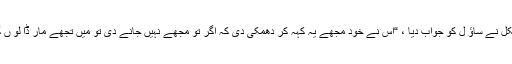
میکل نے ساؤ ل کو جواب دیا ، “اس نے خود مجھے یہ کہہ کر دھمکی دی کہ اگر تو مجھے نہیں جانے دی تو میں تجھے مار ڈا لو ں گا۔